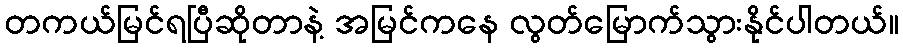
တကယ်မြင်ရပြီဆိုတာနဲ့ အမြင်ကနေ လွတ်မြောက်သွားနိုင်ပါတယ်။